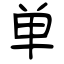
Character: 单